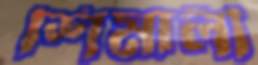
শিমালী